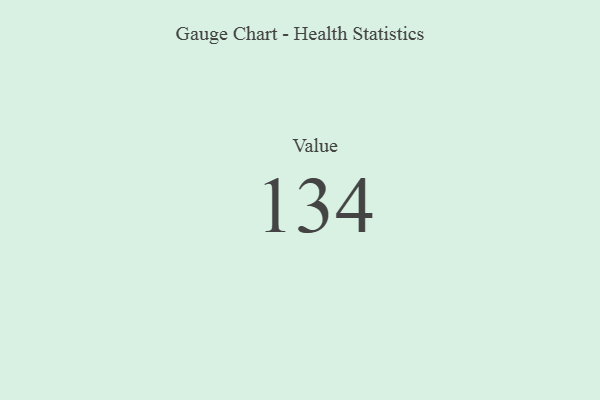
{"axis": {"x": "Metric", "y": "Value"}, "legend": [""], "data": [{"x": "Value", "y": 134, "type": ""}]}